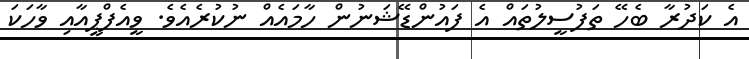
އެ ކަދުރާ ބެހޭ ތަފުސީލުތައް އެ ފައުންޑޭޝަނުން ހާމައެއް ނުކުރެއެވެ. ވީއެފްޕީއާއި ވާހަކަ